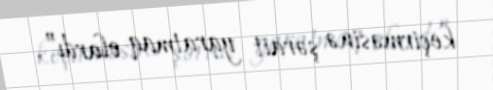
keçirməsinə şərait yaratmaq olardı”.